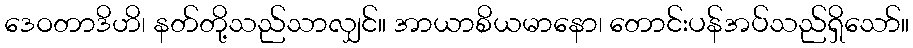
ဒေဝတာဒိဟိ၊ နတ်တို့သည်သာလျှင်။ အာယာစိယမာနော၊ တောင်းပန်အပ်သည်ရှိသော်။